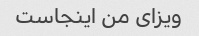
ویزای من اینجاست